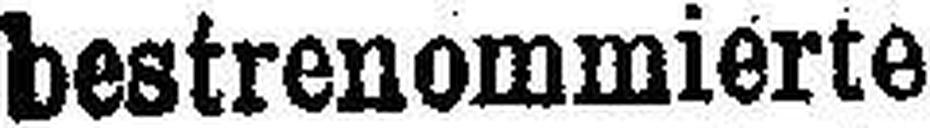
bestrenommierte